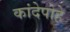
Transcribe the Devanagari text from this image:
कांदेपोहे